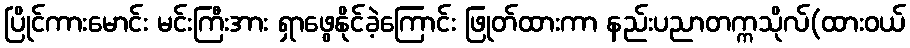
ပြိုင်ကားမောင်း မင်းကြီးအား ရှာဖွေနိုင်ခဲ့ကြောင်း ဖြုတ်ထားကာ နည်းပညာတက္ကသိုလ်(ထားဝယ်